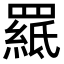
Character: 𦌅